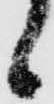
候